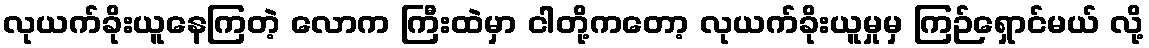
လုယက်ခိုးယူနေကြတဲ့ လောက ကြီးထဲမှာ ငါတို့ကတော့ လုယက်ခိုးယူမှုမှ ကြဉ်ရှောင်မယ် လို့